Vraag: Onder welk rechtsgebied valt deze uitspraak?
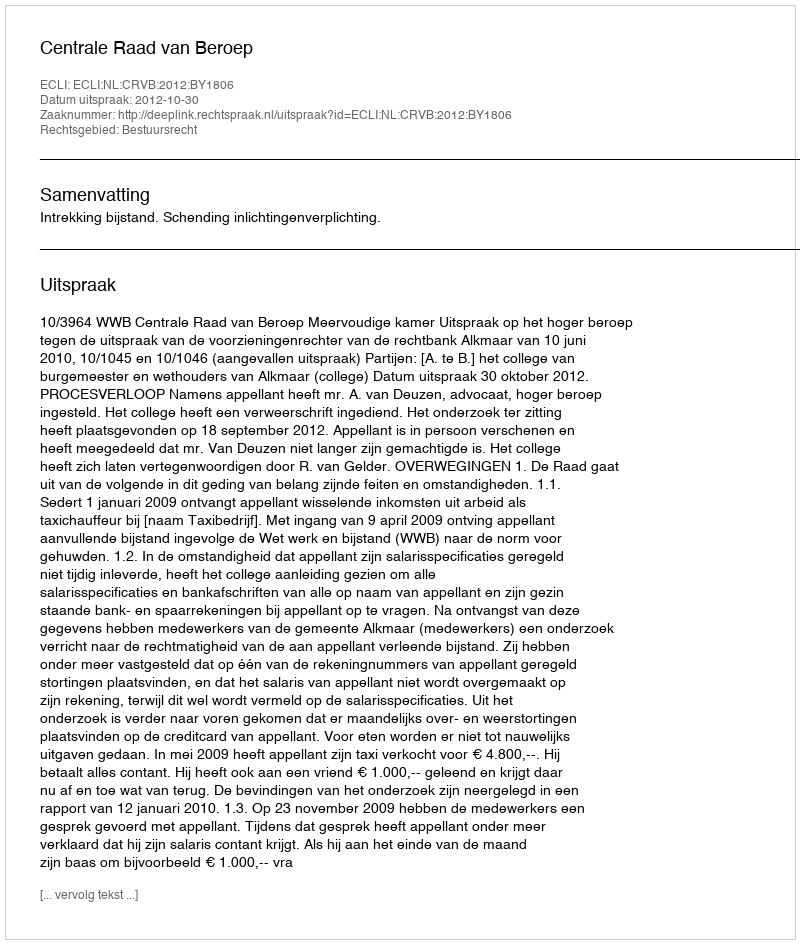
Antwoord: Bestuursrecht